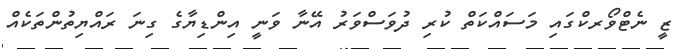
ޒީ ނެޓްވޯރކްގައި މަސައްކަތް ކުރި ދުވަސްވަރު އޭނާ ވަނީ އިންޑިޔާގެ ގިނަ ރައްޔިތުންތަކެއް